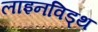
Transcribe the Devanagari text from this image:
लाइनविड्थ